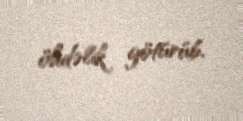
öhdəlik götürüb.